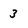
Character: 3